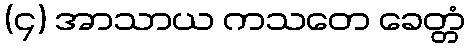
(၄) အာသာယ ကသတေ ခေတ္တံ